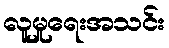
လူမှုရေးအသင်း